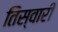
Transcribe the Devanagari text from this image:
तिस्वारी